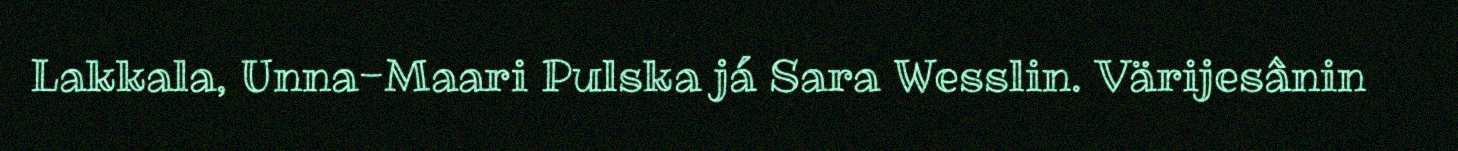
Lakkala, Unna-Maari Pulska já Sara Wesslin. Värijesânin